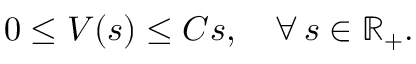
0 \leq V ( s ) \leq C s , \quad \forall \, s \in \mathbb { R } _ { + } .